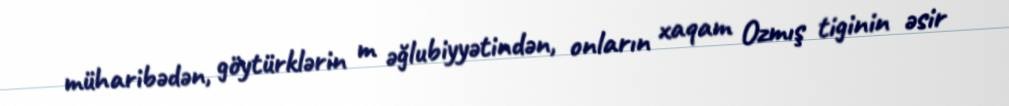
müharibədən, göytürklərin m əğlubiyyətindən, onların xaqam Ozmış tiginin əsir